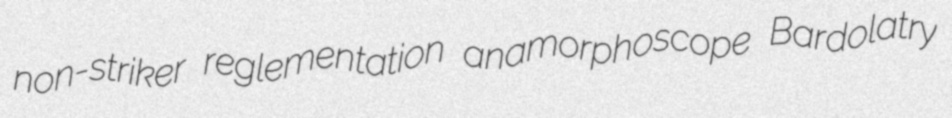
non-striker reglementation anamorphoscope Bardolatry